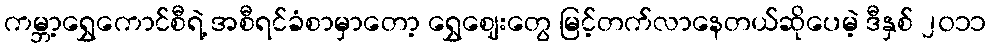
ကမ္ဘာ့ရွှေကောင်စီရဲ့ အစီရင်ခံစာမှာတော့ ရွှေဈေးတွေ မြင့်တက်လာနေတယ်ဆိုပေမဲ့ ဒီနှစ် ၂၀၁၁